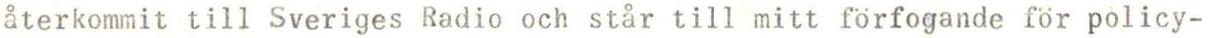
återkommit till Sveriges Radio och står till mitt förfogande för policy-